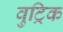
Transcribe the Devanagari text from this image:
वुट्रिक